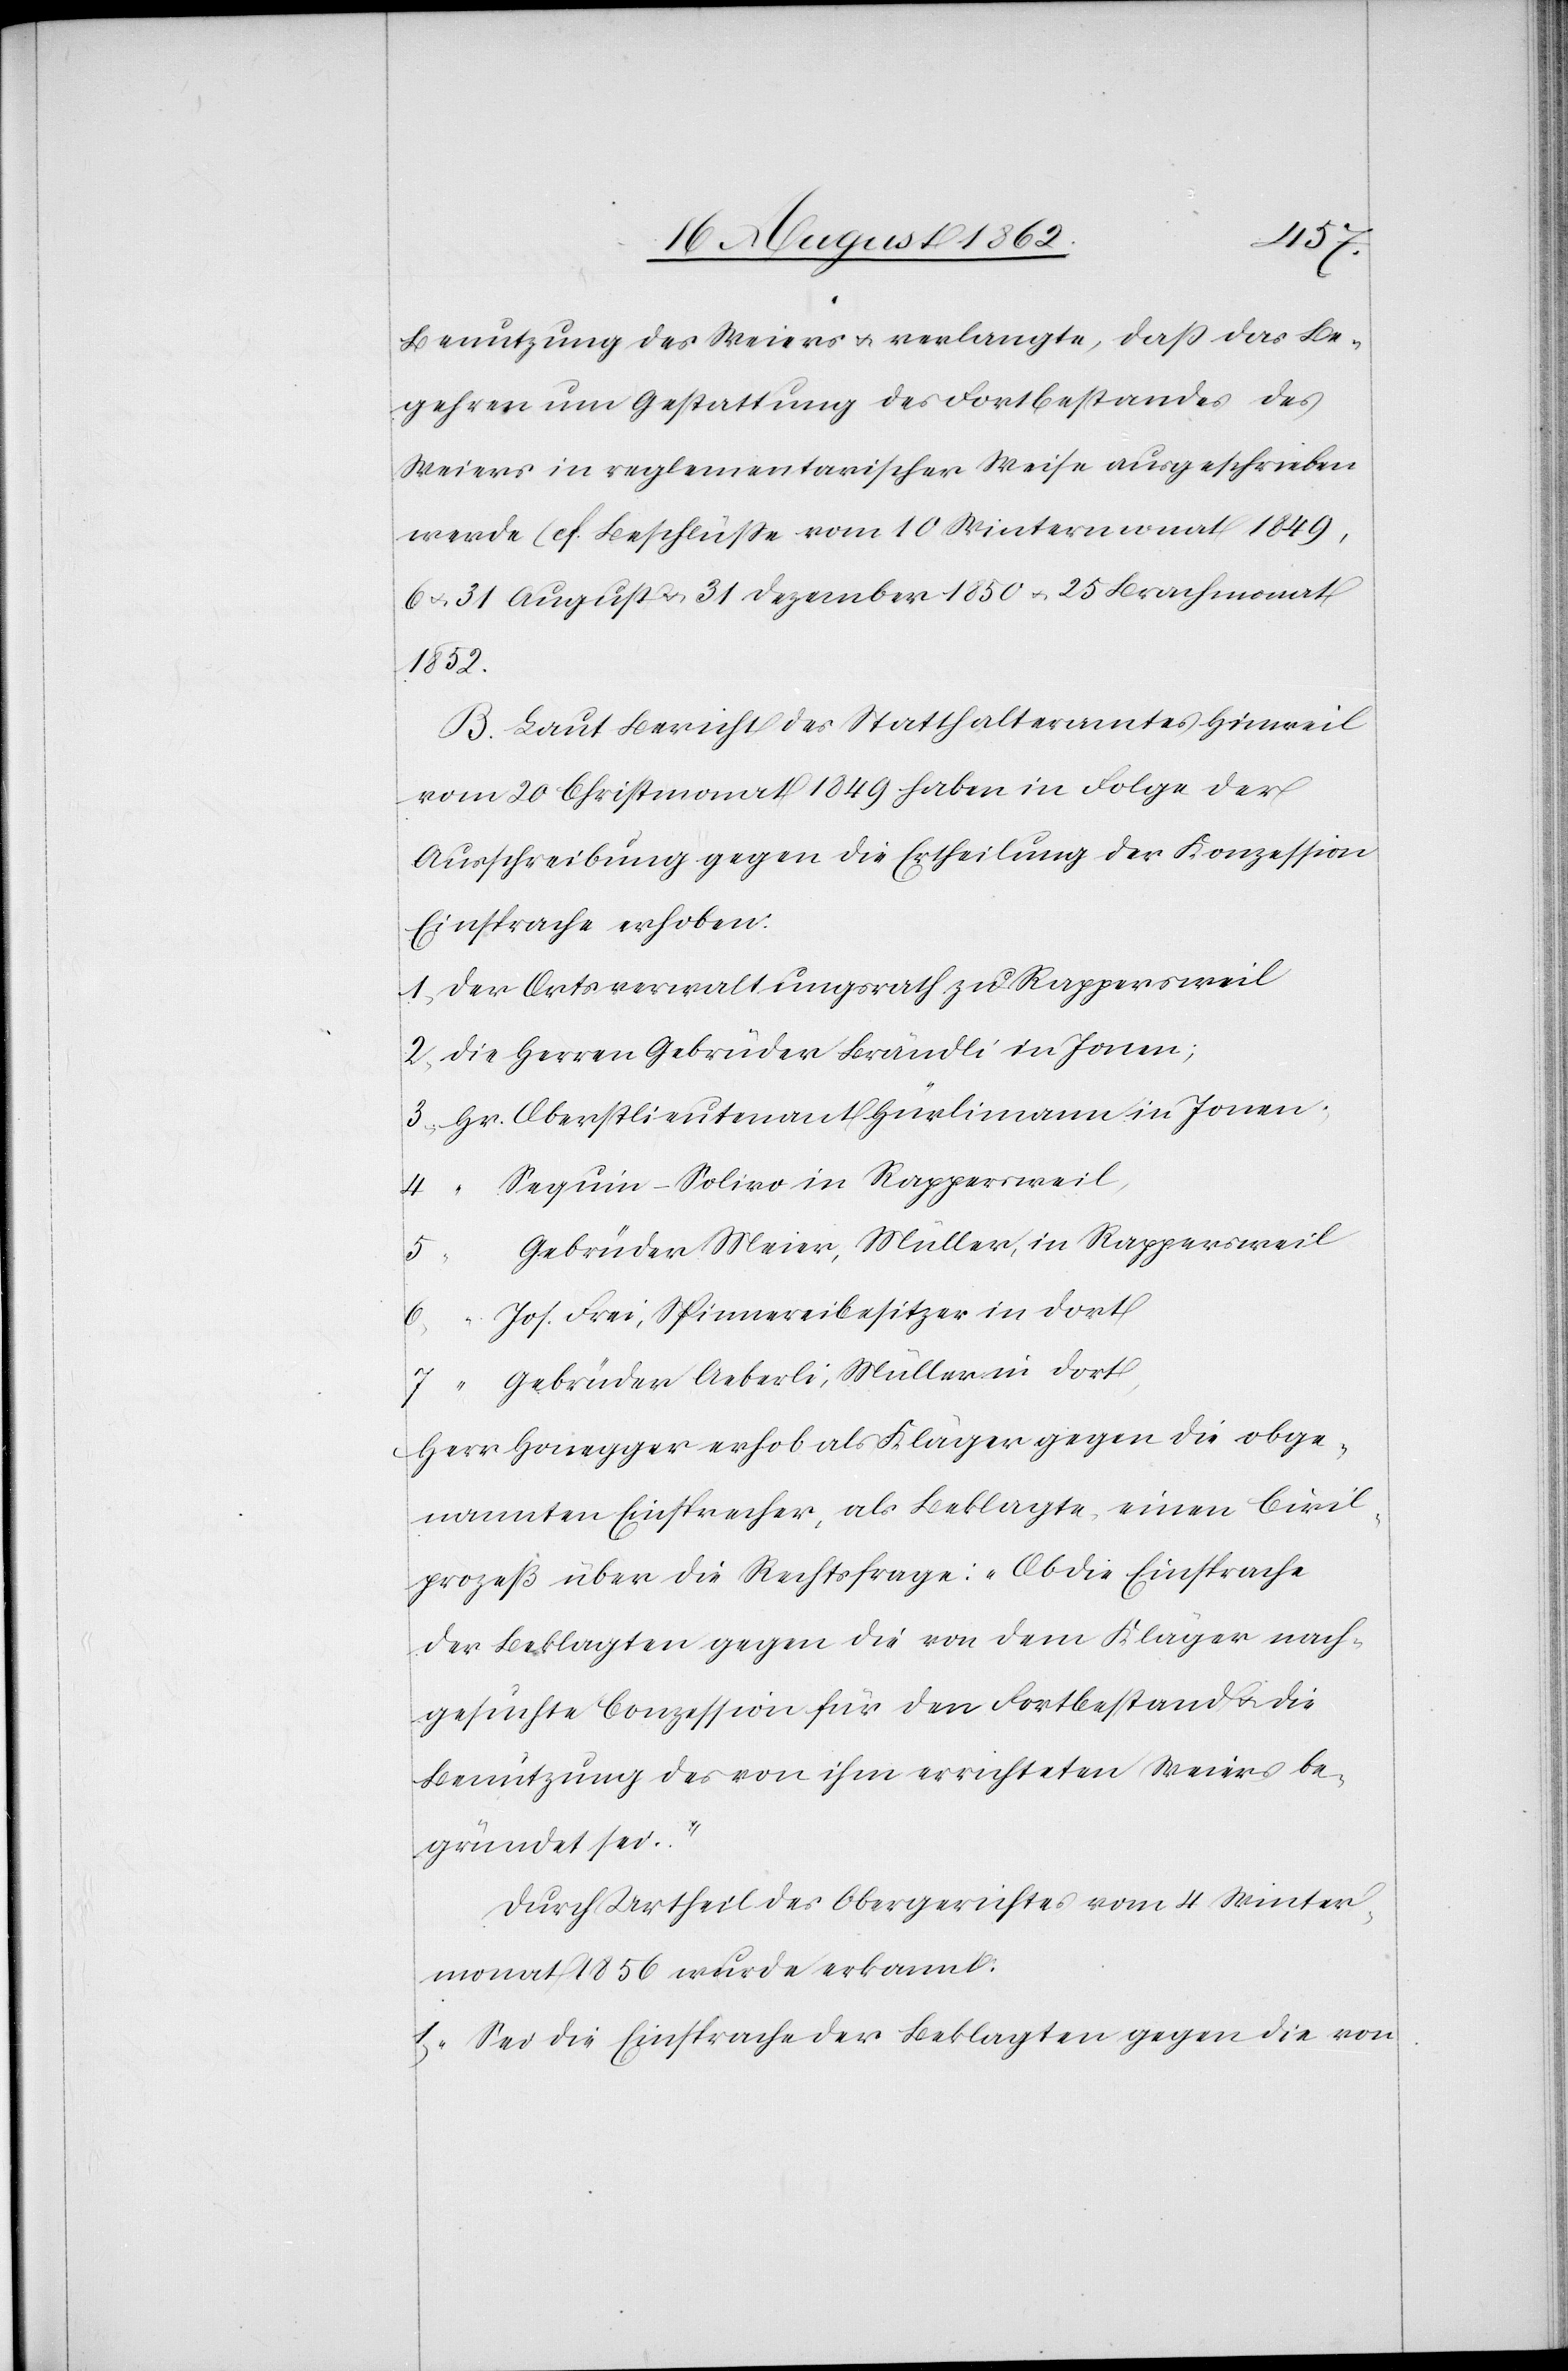
1.
Benutzung des Weiers u. verlangte, daß das Be¬
gehren um Gestattung des Forstbestandes des
Weiers in reglementarischer Weise ausgeschrieben
werde (cf. Beschlüße vom 10. Wintermonat 1849,
u. u. 31. August u. 31. Dezember 1850 u. 25. Brachmonat
B. Laut Beicht des Statthalteramtes Hinweil
vom 20. Christmonat 1849 haben in Folge der
Ausschreibung gegen die Ertheilung der Konzession
Einsprache erhoben:
Sequin-Solivo in Rappersweil,
Gebrüder Meier, Müller, in Rappersweil
6.
Jos. Frei, Spinnereibesitzer in dort
in
7.
Gebrüder Heberli, Müller in dort
Herr Honegger erhob als Kläger gegen die obge¬
nannten Einsprecher, als Beklagte, einen Civil¬
prozeß über die Rechtsfrage: „Ob die Einsprache
der Beklagten gegen die von dem Kläger nach¬
gesuchte Conzession für den Fortbestand u. die
Benützung des von ihm errichteten Weiers be¬
gründet sei.“
Durch Urtheil des Obergerichtes vom 4. Winter¬
monat 1856 wurde erkannt:
1. „Sei die Einsprache der Beklagten gegen die von